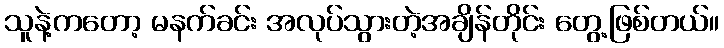
သူနဲ့ကတော့ မနက်ခင်း အလုပ်သွားတဲ့အချိန်တိုင်း တွေ့ဖြစ်တယ်။